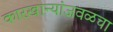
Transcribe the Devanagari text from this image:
कारखान्यांजवळचा